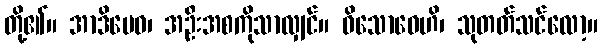
တို့၏။ အာဒိမေဝ၊ အဦးအစကိုသာလျှင်။ ဝိသောဓေဟိ၊ သုတတ်သင်လော့။